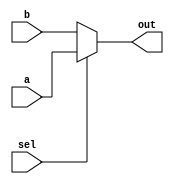
module top_module (
    input sel,
    input [7:0] a,
    input [7:0] b,
    output [7:0] out  ); // Output needs to be of 8 bits

    assign out = sel? a:b; // The output should be assigned to a or b based on the value of sel

endmodule